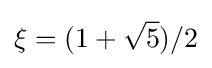
\xi =(1+{\sqrt {5}})/2